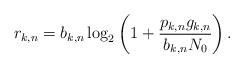
LaTeX: \begin{align*}r_{k,n} = b_{k,n} \log_2\left(1+\frac{p_{k,n}g_{k,n}}{b_{k,n}N_0}\right).\end{align*}